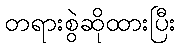
တရားစွဲဆိုထားပြီး